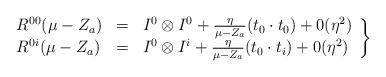
LaTeX: \begin{align*}\left.\begin{array}{lcl}R^{00} ( \mu - Z_a ) & = & I^0 \otimes I^0 + \frac{\eta}{\mu - Z_a} (t_0 \cdot t_0 ) + 0(\eta^2 ) \\R^{0i} ( \mu - Z_a ) & = & I^0 \otimes I^i + \frac{\eta}{\mu - Z_a} (t_0 \cdot t_i ) + 0(\eta^2 )\end{array}\right\}\end{align*}